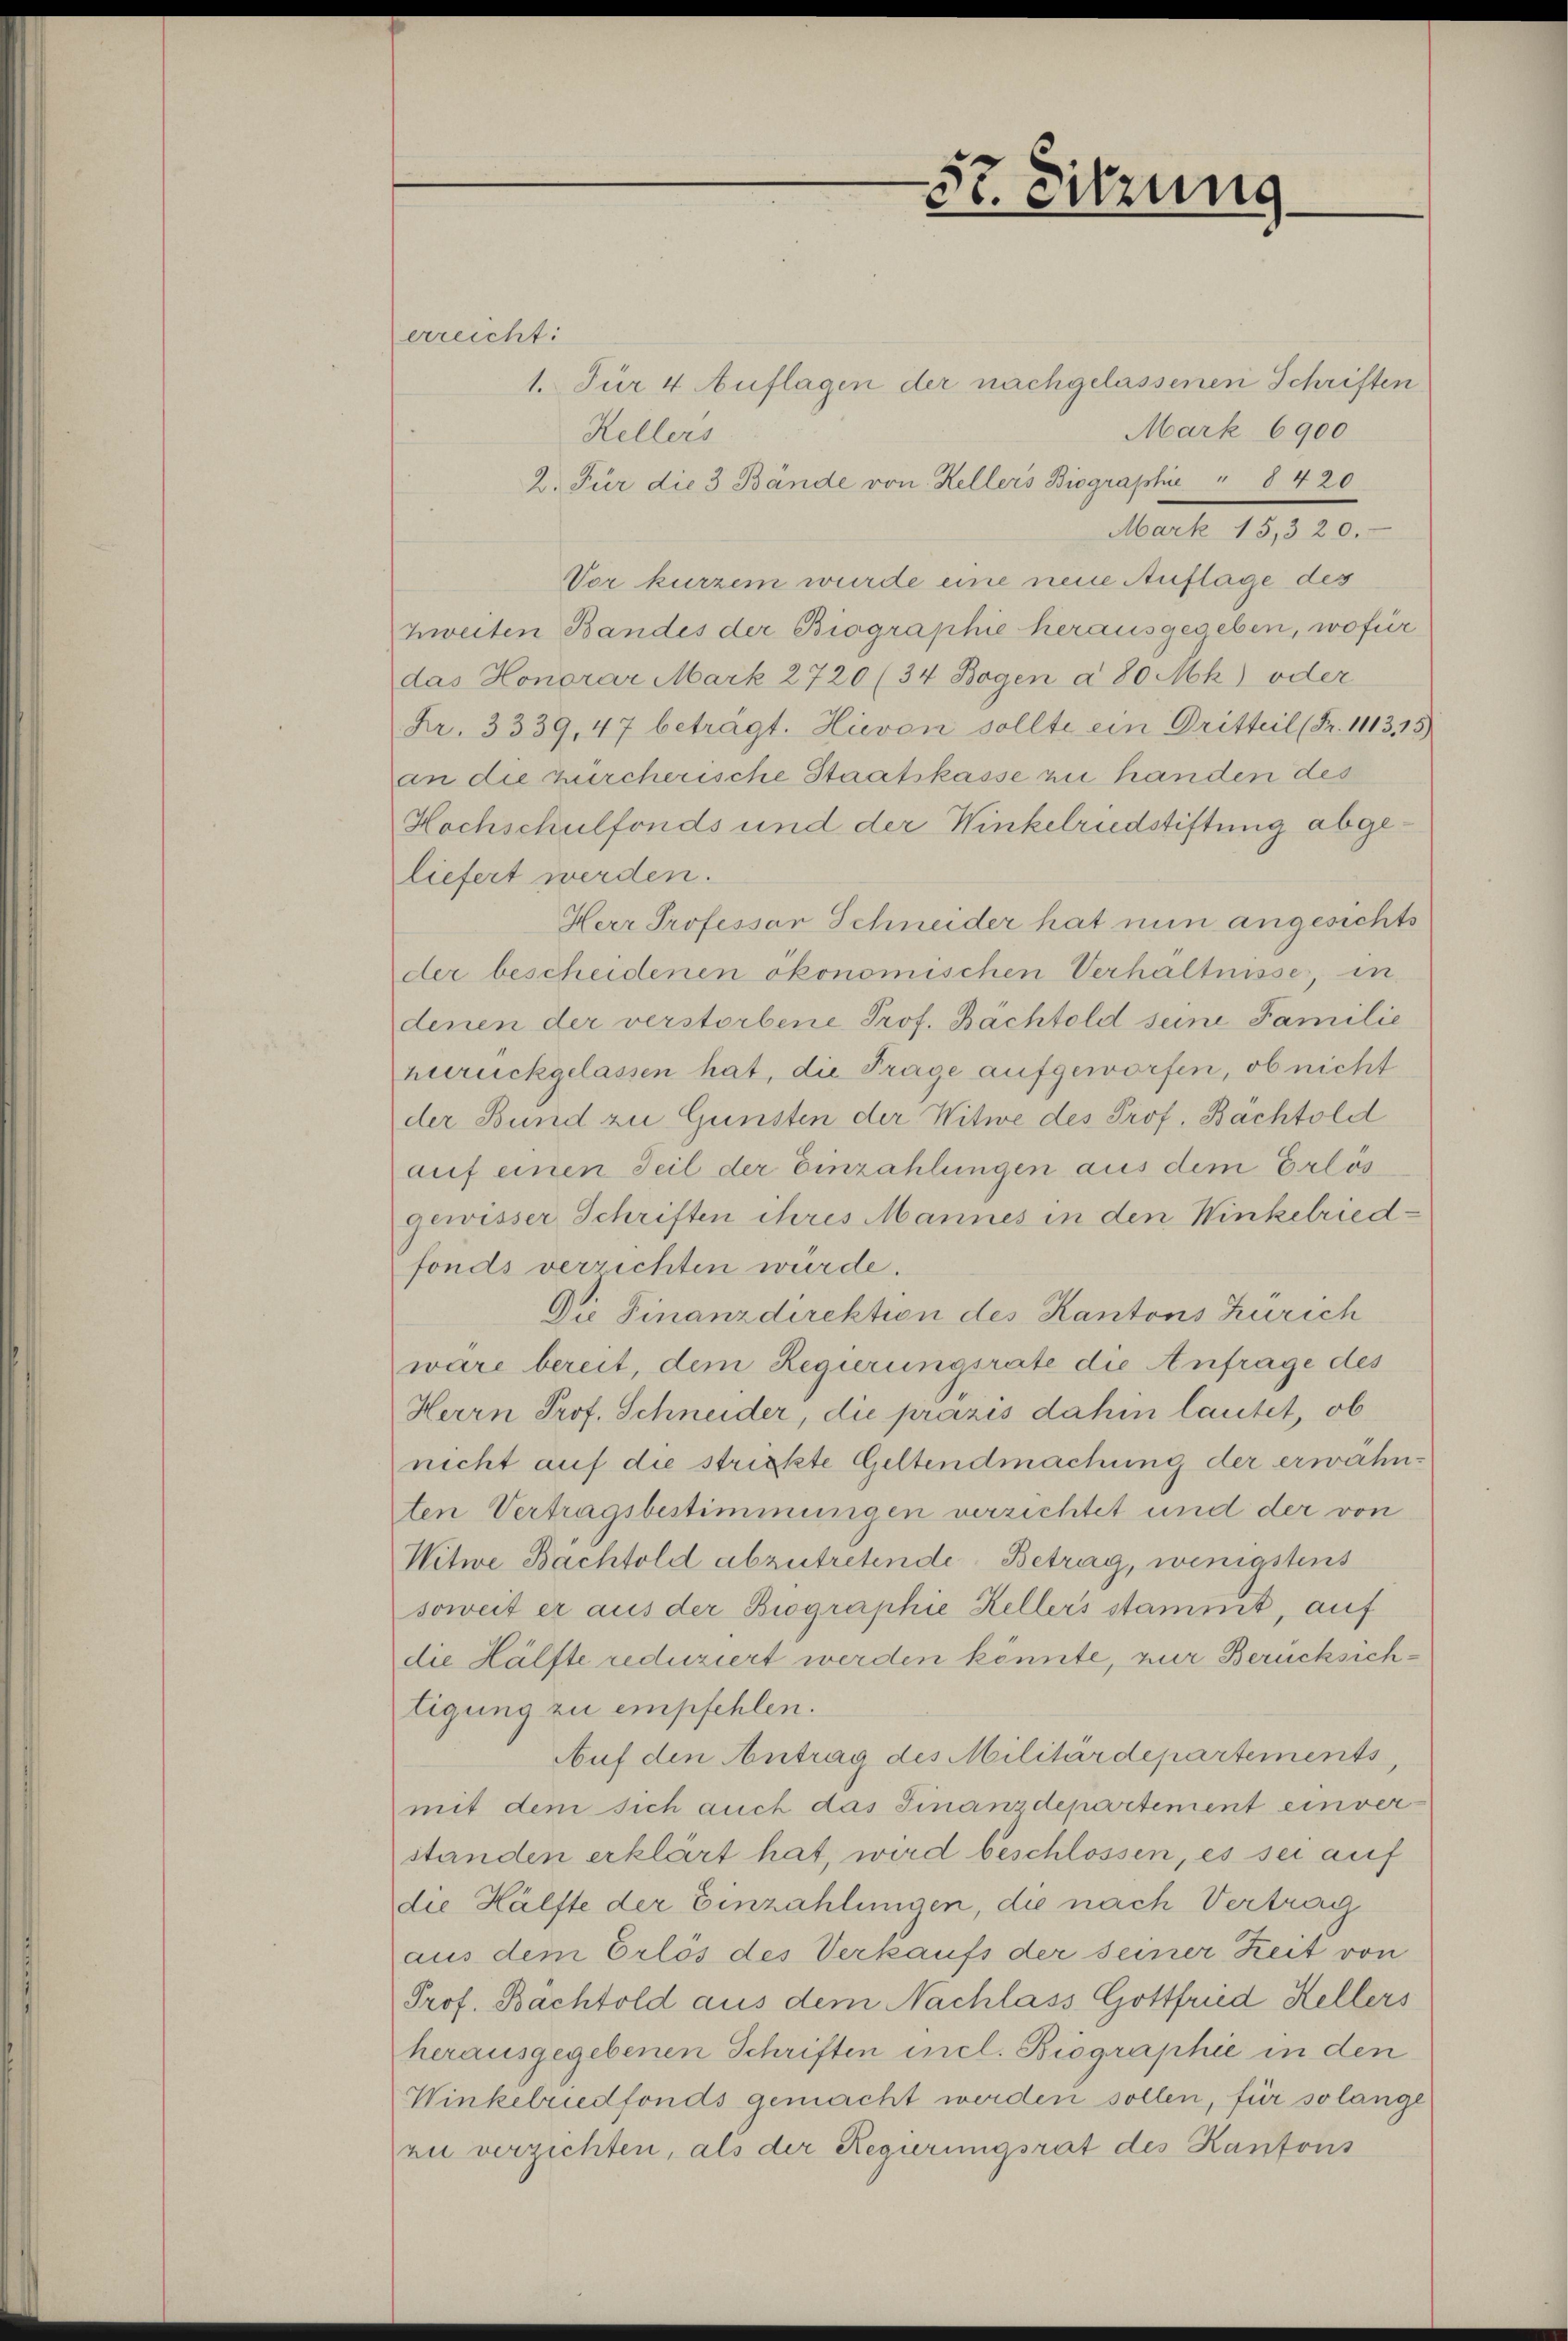
erreicht:
1. Für 4 Auflagen der nachgelassenen Schriften
Mark 6900
Hellers
2. Für die 3 Bände von Kellers Biographie " 8 420
Mark 15,320.
Vor kurzem wurde eine neue Auflage des
zweiten Bandes der Biographie herausgegeben, wofür
das Honorar Mark 2720 (34 Bogen a 80 Mk) oder
Fr. 3339, 47 beträgt. Hievon sollte ein Dritteil (Fr. 1113,15)
an die zürcherische Staatskasse zu handen des
Hochschulfonds und der Winkelriedstiftung abgeliefert werden.
Herr Professor Schneider hat nun angesichts
der bescheidenen ökonomischen Verhältnisse, in
denen der verstorbene Prof. Bächtold seine Familie
hurückgelassen hat, die Frage aufgeworfen, ob nicht
der Bund zu Gunsten der Witwe des Prof. Bachtold
auf einen Teil der Einzahlungen aus dem Erlosgewisser Schriften ihres Mannes in den Winkelriedfonds verzichten würde.
Die Finanzdirektion des Kantons Zürich
wäre bereit, dem Regierungsrate die Anfrage des
Herrn Prof. Schneider, die präzis dahin lautet, ob
nicht auf die strickte Geltendmachung der erwähnten Vertragsbestimmungen verzichtet und der von
Witwe Bachtold abzutretende Betrag, wenigstens
soweit er aus der Biographie Kellers stammt, auf
die Hälfte reduziert werden könnte, zur Berücksichtigung zu empfehlen.
Auf den Antrag des Militärdepartements
mit dem sich auch das Finanzdepartement einverstanden erklärt hat, wird beschlossen, es sei auf
die Hälfte der Einzahlungen, die nach Vertrag
aus dem Erlös des Verkaufs der seiner Zeit von
Prof. Bachtold aus dem Nachlass Gottfried Hellers
herausgegebenen Schriften incl. Biographie in den
Winkelriedfonds gemacht werden sollen, für so lange
zu verzichten, als der Regierungsrat des Kantons

5t. Sitzung